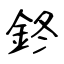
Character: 鉖